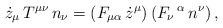
LaTeX: \begin{align*}\dot{z}_{\mu} \, T^{\mu \nu} \, n_{\nu} =(F_{\mu \alpha}\, \dot{z}^{\mu}) \, (F_{\nu}\,^{\alpha}\, n^{\nu}) \, ,\end{align*}